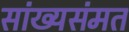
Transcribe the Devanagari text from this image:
सांख्यसंमत